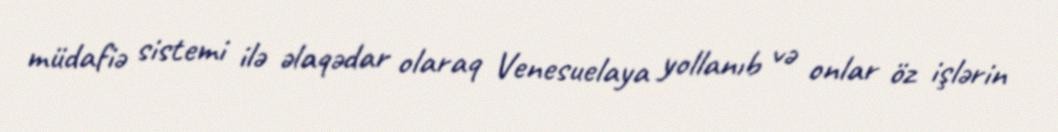
müdafiə sistemi ilə əlaqədar olaraq Venesuelaya yollanıb və onlar öz işlərin